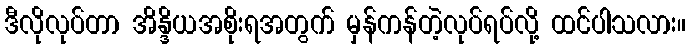
ဒီလိုလုပ်တာ အိန္ဒိယအစိုးရအတွက် မှန်ကန်တဲ့လုပ်ရပ်လို့ ထင်ပါသလား။